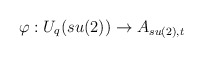
\begin{align*}\varphi: U_{q}(su(2)) \rightarrow A_{su(2),t}\end{align*}